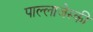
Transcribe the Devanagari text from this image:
पाल्लाजेस्की